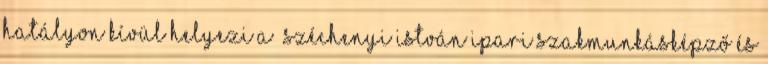
hatályon kívül helyezi a “Széchenyi István Ipari Szakmunkásképző és